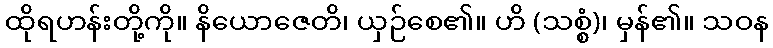
ထိုရဟန်းတို့ကို။ နိယောဇေတိ၊ ယှဉ်စေ၏။ ဟိ (သစ္စံ)၊ မှန်၏။ သဝန